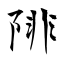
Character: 陫